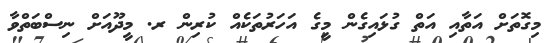
މިގޮތަށް އަތާއި އަތް ގުޅައިގެން މީގެ އަހަރުތަކެއް ކުރިން ރ. މީދޫއަށް ނިސްބަތްވާ